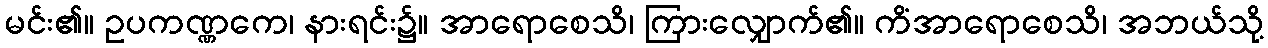
မင်း၏။ ဥပကဏ္ဏကေ၊ နားရင်း၌။ အာရောစေသိ၊ ကြားလျှောက်၏။ ကိံအာရောစေသိ၊ အဘယ်သို့